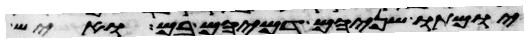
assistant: יומתו שניהם דמיהם בם ואיש